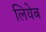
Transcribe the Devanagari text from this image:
लियेब